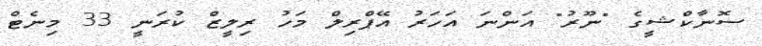
ސޮނާކްޝީގެ "ނޫރު" އަންނަ އަހަރު އޭޕްރިލް މަހު ރިލީޒް ކުރަނީ 33 މިނެޓް